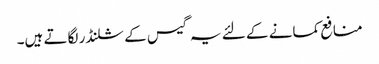
منافع کمانے کے لئے یہ گیس کے سلنڈر لگاتے ہیں۔